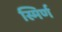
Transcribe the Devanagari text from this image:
स्मिर्ण